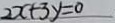
2 x + 3 y = 0